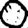
Digit: 0